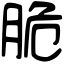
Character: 脆